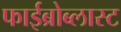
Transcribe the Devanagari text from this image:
फाईब्रोब्लास्ट